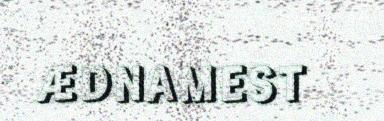
ÆDNAMEST